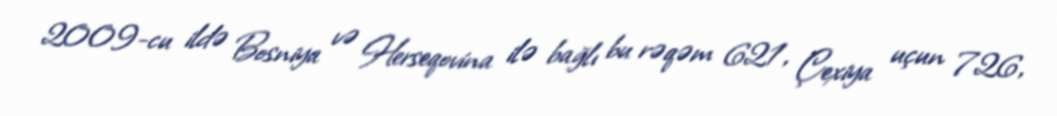
2009-cu ildə Bosniya və Herseqovina ilə bağlı bu rəqəm 621, Çexiya uçun 726,